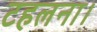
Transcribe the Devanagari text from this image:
टहलना।